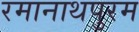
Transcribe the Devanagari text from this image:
रमानाथपुरम